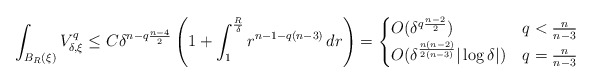
\begin{align*}\int_{B_R(\xi)} V_{\delta,\xi}^q \leq C\delta^{n-q\frac{n-4}{2}}\left(1+\int_1^\frac{R}{\delta} r^{n-1-q(n-3)}\, dr \right)= \begin{cases} O(\delta^{q\frac{n-2}{2}}) & q<\frac{n}{n-3}\\O(\delta^\frac{n(n-2)}{2(n-3)}|\log \delta|) & q=\frac{n}{n-3}\end{cases}\end{align*}